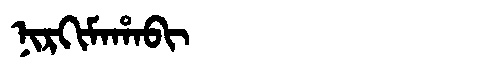
Manchu: ᠨᡳᡵᡴᡳᠮᠠᡥᠠᠪᡳ
Romanization: NIRKIMAHABI